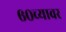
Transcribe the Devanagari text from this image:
६०च्यावर